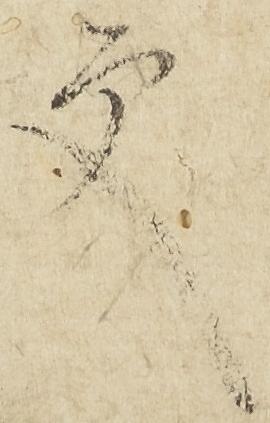
更